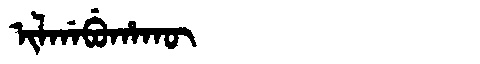
Manchu: ᡳᠯᡤᠠᠪᡠᡥᠠᡴᡡ
Romanization: ILGABUHAKŪ